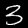
Label: 3